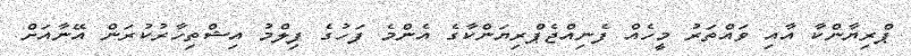
ޕްރިޔާންކާ އާއި ވައްތަރު މީހެއް ފެނިއްޖެޕްރިޔަންކާގެ އެންމެ ފަހުގެ ފިލްމު އިޝްތިހާރުކުރަން އޭނާއަށް